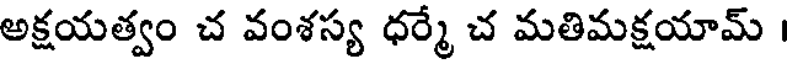
అక్షయత్వం చ వంశస్య ధర్మే చ మతిమక్షయామ్ ।